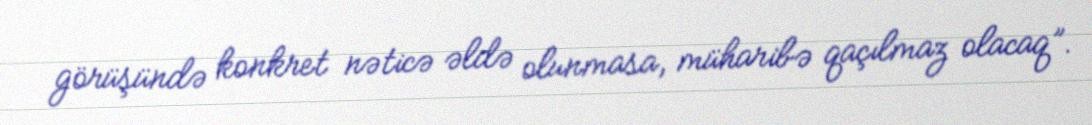
görüşündə konkret nəticə əldə olunmasa, müharibə qaçılmaz olacaq”.